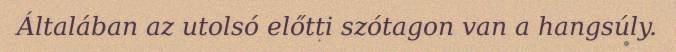
Általában az utolsó előtti szótagon van a hangsúly.